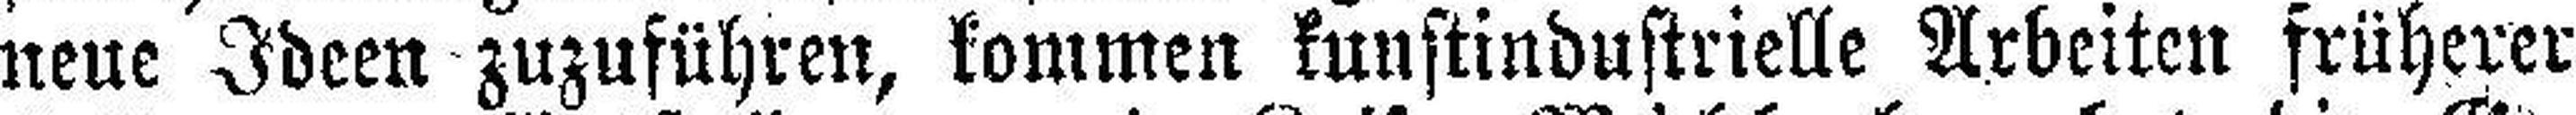
neue Ideen zuzuführen, kommen kunstindustrielle Arbeiten früherer